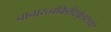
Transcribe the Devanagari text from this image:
नानारत्नकिरीटकुंडलधरं